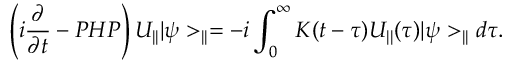
\left( i \frac { \partial } { \partial t } - P H P \right) U _ { | | } | \psi > _ { | | } = - i \int _ { 0 } ^ { \infty } K ( t - \tau ) U _ { | | } ( \tau ) | \psi > _ { | | } d \tau .